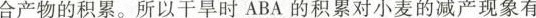
合产物的积累。所以干旱时ABA的积累对小麦的减产现象有